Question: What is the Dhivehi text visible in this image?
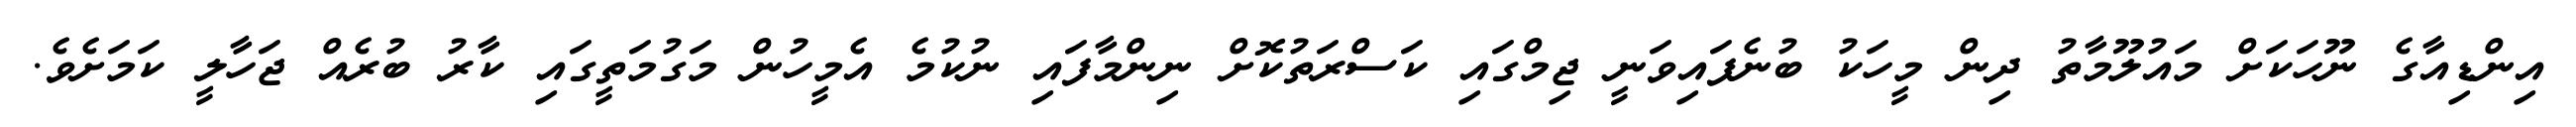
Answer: އިންޑިއާގެ ނޫހަކަށް މައުލޫމާތު ދިން މީހަކު ބުނެފައިވަނީ ޖިމްގައި ކަސްރަތުކޮށް ނިންމާފައި ނުކުމެ އެމީހުން މަގުމަތީގައި ކާރު ބުރެއް ޖަހާލީ ކަމަށެވެ.